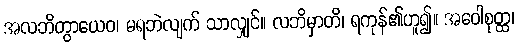
အလဘိတွာယေဝ၊ မရဘဲလျက် သာလျှင်။ လဘိမှာတိ၊ ရကုန်၏ဟူ၍။ အဝေါစုတ္ထ၊